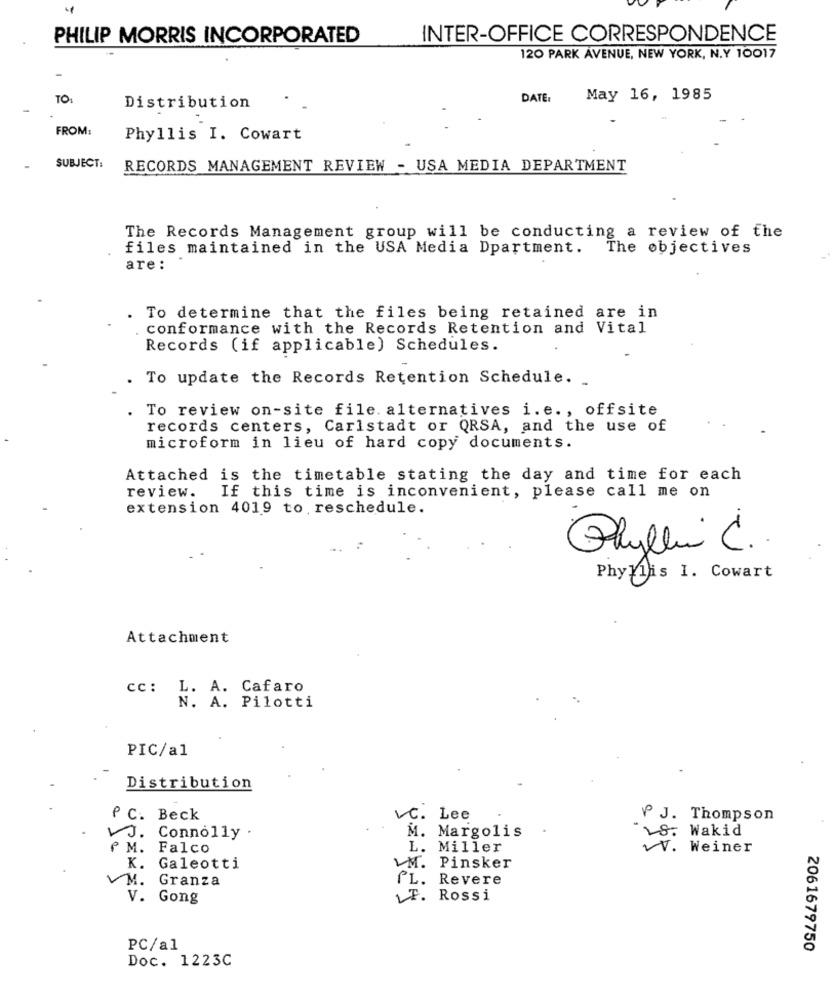
PHILIP MORRIS INCORPORATED
INTER-OFFICE CORRESPONDENCE
120 PARK AVENUE, NEW YORK, N.Y 10017
TO:
DATE:
May 16, 1985
Distribution
FROM:
Phyllis I. Cowart
SUBJECT:
RECORDS MANAGEMENT REVIEW - USA MEDIA DEPARTMENT
The Records Management group will be conducting a review of the
files maintained in the USA Media Dpartment.
The objectives
are:
To determine that the files being retained are in
conformance with the Records Retention and Vital
Records (if applicable) Schedules.
To update the Records Retention Schedule.
To review on-site file. alternatives i.e. , offsite
records centers, Carlstadt or QRSA, and the use of
microform in lieu of hard copy documents.
Attached is the timetable stating the day and time for each
review.
If this time is inconvenient, please call me on
extension 4019 to reschedule.
Phyllis C .
PhyMais I. Cowart
Attachment
cc: L. A. Cafaro
N. A. Pilotti
PIC/a1
Distribution
P C. Beck
VC. Lee
P J. Thompson
VJ. Connolly .
M. Margolis
28. Wakid
f M. Falco
L. Miller
VV. Weiner
K. Galeotti
M. Pinsker
VM. Granza
PT
PL. Revere
V. Gong
LF. Rossi
PC/al
2061679750
Doc. 1223C